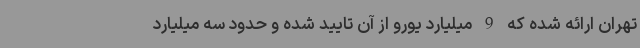
تهران ارائه شده که 9 میلیارد یورو از آن تایید شده و حدود سه میلیارد